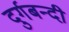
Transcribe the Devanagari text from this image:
दुर्गबन्दी